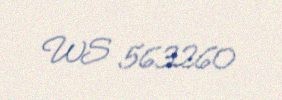
WS 563260